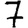
Digit: 7